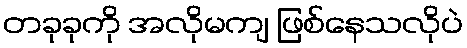
တခုခုကို အလိုမကျ ဖြစ်နေသလိုပဲ